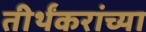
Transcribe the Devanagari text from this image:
तीर्थंकरांच्या